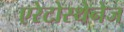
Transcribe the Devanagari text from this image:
एरेटोस्थेनेज